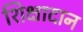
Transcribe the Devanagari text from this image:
शिक्षादान